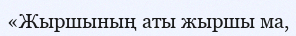
«Жыршының аты жыршы ма,